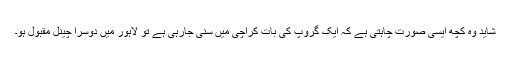
شاید وہ کچھ ایسی صورت چاہتی ہے کہ ایک گروپ کی بات کراچی میں سنی جارہی ہے تو لاہور میں دوسرا چینل مقبول ہو۔